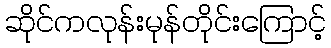
ဆိုင်ကလုန်းမုန်တိုင်းကြောင့်